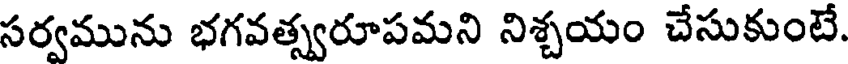
సర్వమును భగవత్స్వరూపమని నిశ్చయం చేసుకుంటే.